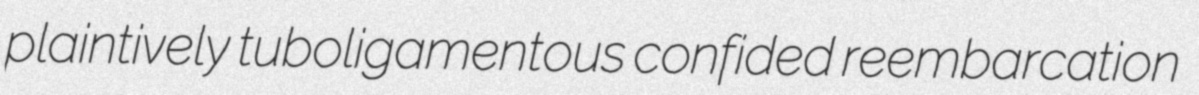
plaintively tuboligamentous confided reembarcation